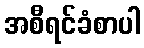
အစီရင်ခံစာပါ